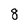
Character: 8